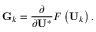
\mathbf { G } _ { k } = \frac { \partial } { \partial \mathbf { U } ^ { * } } F \left( \mathbf { U } _ { k } \right) .